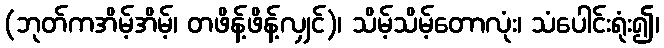
(ဘုတ်ကအိမ့်အိမ့်၊ တဖိန့်ဖိန့်လျှင်)၊ သိမ့်သိမ့်တောလုံး၊ သံပေါင်းရုံး၍၊